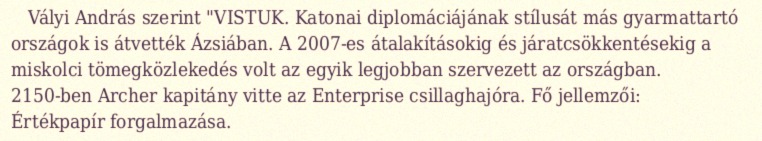
Vályi András szerint "VISTUK. Katonai diplomáciájának stílusát más gyarmattartó országok is átvették Ázsiában. A 2007-es átalakításokig és járatcsökkentésekig a miskolci tömegközlekedés volt az egyik legjobban szervezett az országban. 2150-ben Archer kapitány vitte az Enterprise csillaghajóra. Fő jellemzői: Értékpapír forgalmazása.